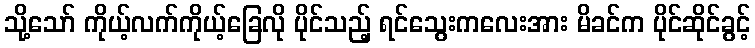
သို့သော် ကိုယ့်လက်ကိုယ့်ခြေလို ပိုင်သည့် ရင်သွေးကလေးအား မိခင်က ပိုင်ဆိုင်ခွင့်